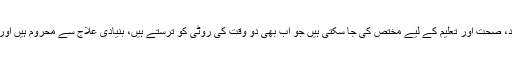
دفاعی بجٹ کی موٹی رقوم اپنے عوام کے بہبود، صحت اور تعلیم کے لیے مختص کی جا سکتی ہیں جو اب بھی دو وقت کی روٹی کو ترستے ہیں، بنیادی علاج سے محروم ہیں اور جوہری جنگ کے خطرات سے لرز رہے ہیں۔